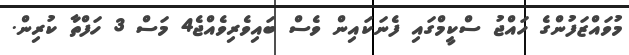
މުވައްޒަފުންގެ ހައްޖު ސްކީމްގައި ފެނަކައިން ވެސް ބައިވެރިވެއްޖެ4 މަސް 3 ހަފްތާ ކުރިން.